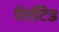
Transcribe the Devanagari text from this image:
पैरॉटिड